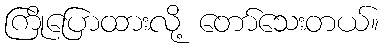
ကြိုပြောထားလို့ တော်သေးတယ်။